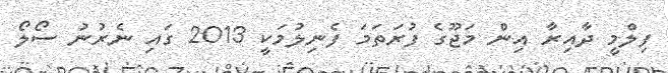
ފިލްމީ ދާއިރާ އިން މަޖޫގެ ފުރަތަމަ ފެނިލުމަކީ 2013 ގައި ނެރުނު ސޯލޯ